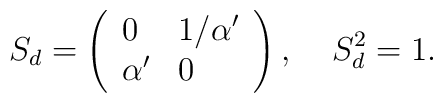
S_{d}= \left( \begin{array}{ll}  0 & 1/\alpha' \\ \alpha' & 0 \end{array}\right), \;\;\;\; S_{d}^{2}=1.